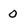
Character: 0